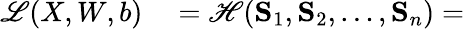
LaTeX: \begin{array}{rl}{\mathscr{L}(X,W,b)}&{{}=\mathscr{H}(\mathbf{S}_{1},\mathbf{S}_{2},\ldots,\mathbf{S}_{n})=}\end{array}